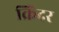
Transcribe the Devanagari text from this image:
क्रिंदर